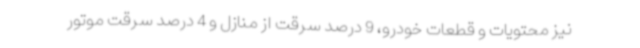
نیز محتویات و قطعات خودرو، 9 درصد سرقت از منازل و 4 درصد سرقت موتور